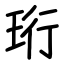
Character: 珩